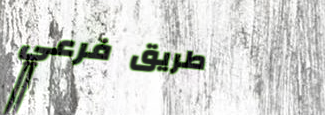
طريق فرعي